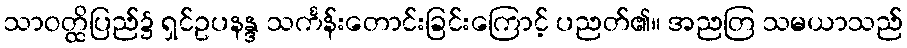
သာဝတ္ထိပြည်၌ ရှင်ဥပနန္ဒ သင်္ကန်းတောင်းခြင်းကြောင့် ပညတ်၏။ အညတြ သမယာသည်